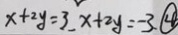
x + 2 y = 3 , x + 2 y = - 3 . \textcircled { 4 }